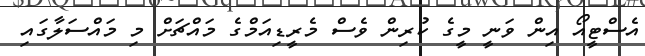
އެސްޓީއޯ އިން ވަނީ މީގެ ކުރިން ވެސް މެރީޑިއަމްގެ މައްޗަށް މި މައްސަލާގައި